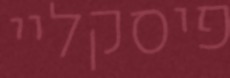
פיסקליי